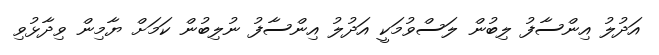
އަދުލު އިންސާފު ލިބުން ލަސްވުމަކީ އަދުލު އިންސާފު ނުލިބުން ކަމަށް ޔާމިން ވިދާޅުވި